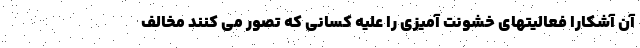
آن آشکارا فعالیتهای خشونت آمیزی را علیه کسانی که تصور می کنند مخالف